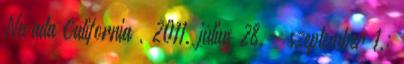
Nevada California , 2011. július 28. – szeptember 1.;